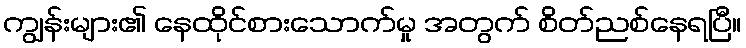
ကျွန်းများ၏ နေထိုင်စားသောက်မှု အတွက် စိတ်ညစ်နေရပြီ။